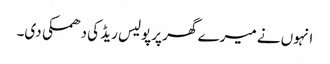
انہوں نے میرے گھر پرپولیس ریڈ کی دھمکی دی۔